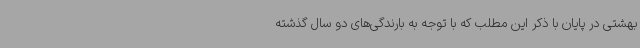
بهشتی در پایان با ذکر این مطلب که با توجه به بارندگی‌های دو سال گذشته